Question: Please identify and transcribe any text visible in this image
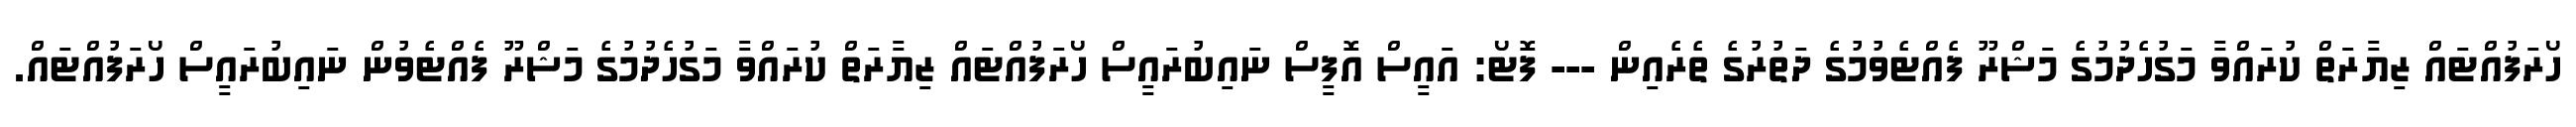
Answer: ހޯރަފުއްޓައް ޒިޔާރަތް ކުރައްވާ މަގުހެދުމުގެ މަޝްރޫ ފެއްޓެވުމުގެ ދަތުރުގެ ތެރެއިން --- ފޮޓޯ: އައީސް އޮފީސް ނައިބުރައީސް ހޯރަފުއްޓައް ޒިޔާރަތް ކުރައްވާ މަގުހެދުމުގެ މަޝްރޫ ފެއްޓެވުން ނައިބުރައީސް ހޯރަފުއްޓައް.